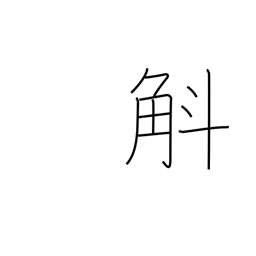
Meaning: ten to